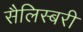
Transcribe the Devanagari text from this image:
सैलिस्बरी